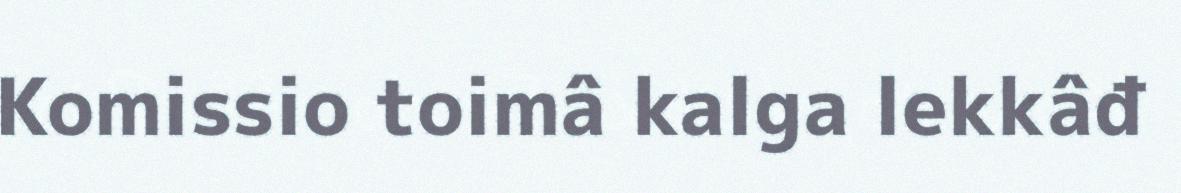
Komissio toimâ kalga lekkâđ